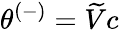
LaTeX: \theta^{(-)}=\widetilde{V}c